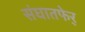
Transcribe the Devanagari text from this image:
संघातफेर्